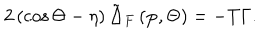
LaTeX: 2 \left( \cos \Theta - \eta \right) \tilde { \Delta } _ { F } \left( \mathbf { p } , \Theta \right) = - T \Gamma .